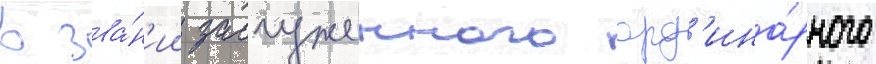
в зва́н'ии заслуженного орд'ина́рного